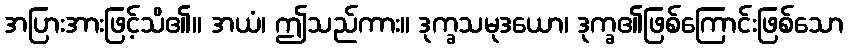
အပြားအားဖြင့်သိ၏။ အယံ၊ ဤသည်ကား။ ဒုက္ခသမုဒယော၊ ဒုက္ခ၏ဖြစ်ကြောင်းဖြစ်သော